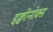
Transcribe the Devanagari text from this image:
इक्वीनोक्स